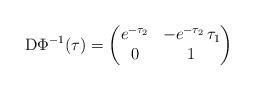
LaTeX: \begin{align*} \mathrm{D}\Phi^{-1}(\tau) = \begin{pmatrix} e^{-\tau_2} & -e^{-\tau_2} \, \tau_1 \\ 0 & 1 \\ \end{pmatrix}\end{align*}